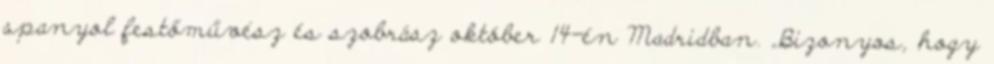
spanyol festőművész és szobrász október 14-én Madridban. „Bizonyos, hogy